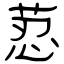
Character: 荵